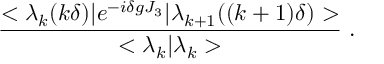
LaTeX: \frac { < \lambda _ { k } ( k \delta ) | e ^ { - i \delta g J _ { 3 } } | \lambda _ { k + 1 } ( ( k + 1 ) \delta ) > } { < \lambda _ { k } | \lambda _ { k } > } \; .